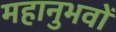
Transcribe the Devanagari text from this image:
महानुभवों